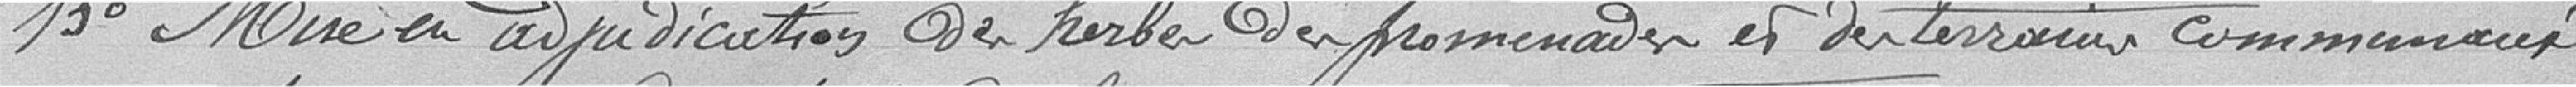
13° Mise en adjudication des herbes des promenades et des terrains communaux